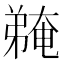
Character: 𫸽